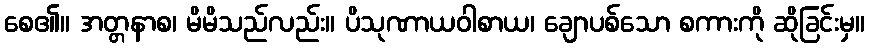
စေ၏။ အတ္တနာစ၊ မိမိသည်လည်း။ ပိသုဏာယဝါစာယ၊ ချောပစ်သော စကားကို ဆိုခြင်းမှ။